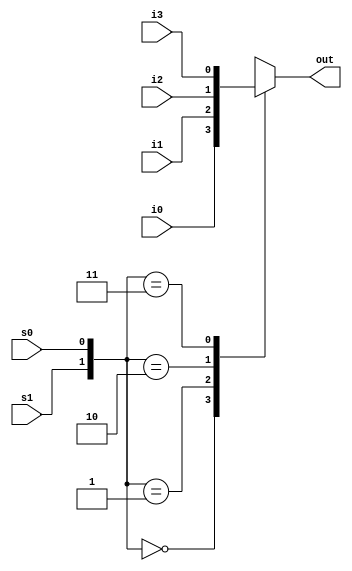
`timescale 1ns / 1ps
//////////////////////////////////////////////////////////////////////////////////
// Company: 
// Engineer: 
// 
// Design Name: 
// Module Name: mux4_to_1
// Project Name: 
// Target Devices: 
// Tool Versions: 
// Description: 
// 
// Dependencies: 
// 
// Revision:
// Revision 0.01 - File Created
// Additional Comments:
// 
//////////////////////////////////////////////////////////////////////////////////

// ,/
module mux4_to_1(out, i0, i1, i2, i3, s1, s0);

// /
output out;
input i0,i1,i2,i3;
input s1,s0;
// 
reg out;

// , out
// outalways @(...)
always @(s1 or s0 or i0 or i1 or i2 or i3)
begin
    case ({s1, s0})
        2'b00 : out = i0;
        2'b01 : out = i1;
        2'b10 : out = i2;
        2'b11 : out = i3;
        default: out = 1'bx;
    endcase
end

endmodule